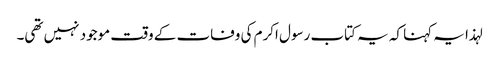
لہذا یہ کہنا کہ یہ کتاب رسول اکرم کی وفات کے وقت موجود نہیں تھی۔